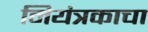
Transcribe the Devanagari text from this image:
नियंत्रकाचा